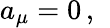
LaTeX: {a}_{\mu}=0\, ,\; \;